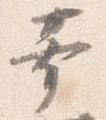
幸